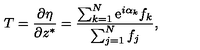
T = { \frac { \partial \eta } { \partial z ^ { * } } } = { \frac { \sum _ { k = 1 } ^ { N } \mathrm { e } ^ { i \alpha _ { k } } f _ { k } } { \sum _ { j = 1 } ^ { N } f _ { j } } } ,